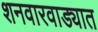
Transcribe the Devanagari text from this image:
शनवारवाड्यात